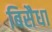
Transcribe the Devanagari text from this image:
बिसैधा